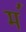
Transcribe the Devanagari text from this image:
मं॑